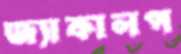
জ্যাকালপ